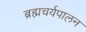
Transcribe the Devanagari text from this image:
ब्रह्मचर्यपालन